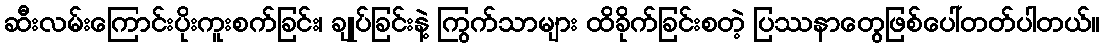
ဆီးလမ်းကြောင်းပိုးကူးစက်ခြင်း၊ ချုပ်ခြင်းနဲ့ ကြွက်သာများ ထိခိုက်ခြင်းစတဲ့ ပြဿနာတွေဖြစ်ပေါ်တတ်ပါတယ်။